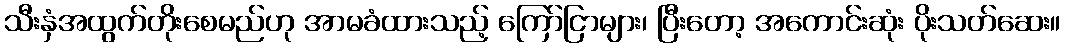
သီးနှံအထွက်တိုးစေမည်ဟု အာမခံထားသည့် ကြော်ငြာများ၊ ပြီးတော့ အကောင်းဆုံး ပိုးသတ်ဆေး။